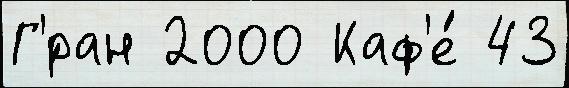
Г'́ран 2000 Каф'е́ 43